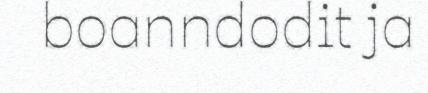
boanndodit ja